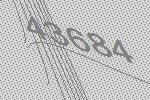
43684